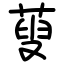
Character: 蓃